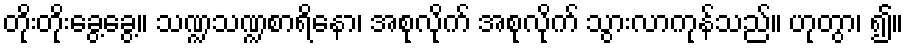
တိုးတိုးခွေ့ခွေ့။ သဏ္ဍသဏ္ဍစာရိနော၊ အစုလိုက် အစုလိုက် သွားလာကုန်သည်။ ဟုတွာ၊ ၍။